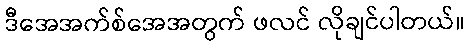
ဒီအေအက်စ်အေအတွက် ဖလင် လိုချင်ပါတယ်။